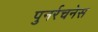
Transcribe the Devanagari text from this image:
पुनर्रचनेस